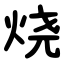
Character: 烧